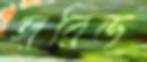
হারিড